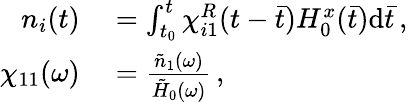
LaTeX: \begin{array}{rl}{n_{i}(t)}&{{}=\int_{t_{0}}^{t}\chi_{i1}^{R}(t-\bar{t})H_{0}^{x}(\bar{t})\mathrm{d}\bar{t}\, ,}\\ {\chi_{11}(\omega)}&{{}=\frac{\tilde{n}_{1}(\omega)}{\tilde{H}_{0}(\omega)}\, ,}\end{array}